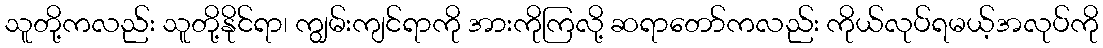
သူတို့ကလည်း သူတို့နိုင်ရာ၊ ကျွမ်းကျင်ရာကို အားကိုကြလို့ ဆရာတော်ကလည်း ကိုယ်လုပ်ရမယ့်အလုပ်ကို